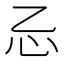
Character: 𰐺